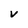
Character: V